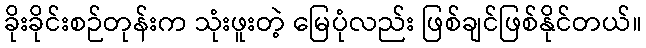
ခိုးခိုင်းစဉ်တုန်းက သုံးဖူးတဲ့ မြေပုံလည်း ဖြစ်ချင်ဖြစ်နိုင်တယ်။